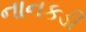
નાનકડી